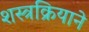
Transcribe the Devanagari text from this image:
शस्त्रक्रियाने